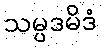
သမ္ပဒမိဒံ